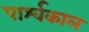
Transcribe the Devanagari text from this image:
पार्श्वकाल